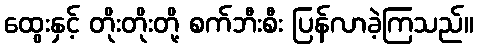
ထွေးနှင့် တိုးတိုးတို့ စက်ဘီးစီး ပြန်လာခဲ့ကြသည်။